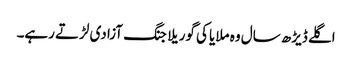
اگلے ڈیڑھ سال وہ ملایا کی گوریلا جنگ آزادی لڑتے رہے۔